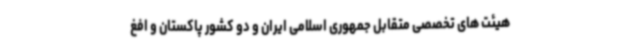
هیئت های تخصصی متقابل جمهوری اسلامی ایران و دو کشور پاکستان و افغ